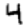
Digit: 4